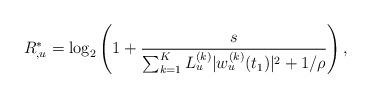
LaTeX: \begin{align*} R_{,u}^* = \log_2\left( 1 + \frac{s}{\sum_{k=1}^{K}L_{u}^{(k)} |w_{u}^{(k)}(t_1)|^2 + 1/\rho} \right), \end{align*}